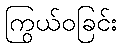
ကြွယ်ဝခြင်း